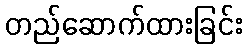
တည်ဆောက်ထားခြင်း